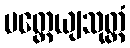
မတ္တေယျသုတ္တံ